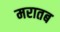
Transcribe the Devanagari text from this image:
मरातब